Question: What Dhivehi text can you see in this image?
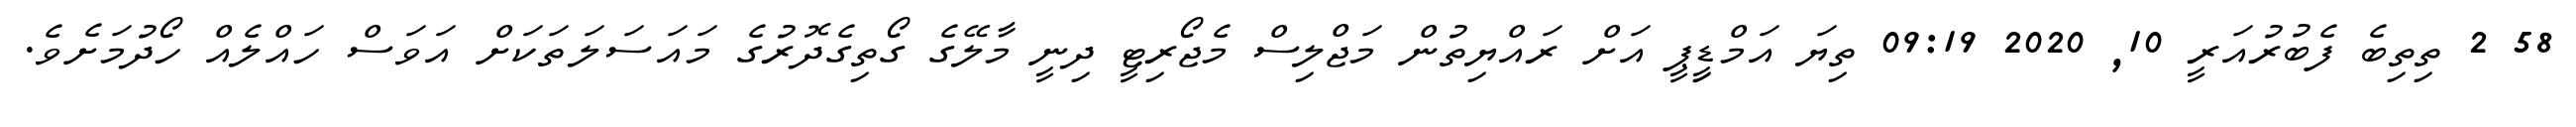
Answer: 58 2 ތިތިބެ ފެބުރުއަރީ 10, 2020 09:19 ތިޔަ އަމްޑިީޕީ އަށް ރައްޔިތުން މަޖްލިސް މެޖޯރިޓީ ދިނީ މާލޭގެ ގޯތިގެދޮރުގެ މައަސަލަތަކަށް އަވަސް ހައްލެއް ހޯދުމަށެވެ.